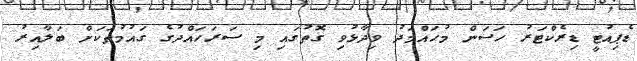
ޑެޕިއުޓީ ޑިރެކްޓަރު ހަސަން މުހައްމަދު ވިދާޅުވި ގޮތުގައި މި ސަރަހައްދުގެ ގައުމުތަކަށް ބަލާއިރު